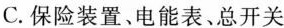
C.保险装置、电能表、总开关